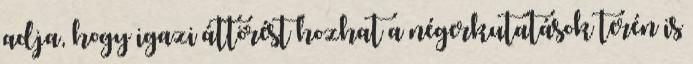
adja, hogy igazi áttörést hozhat a négerkutatások terén is